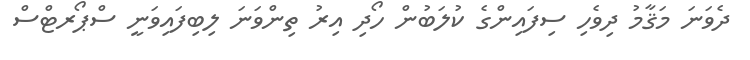
ދެވަނަ މަޤާމު ދިވެހި ސިފައިންގެ ކުލަބުން ހޯދި އިރު ތިންވަނަ ލިބިފައިވަނީ ސްޕޯރޓްސް